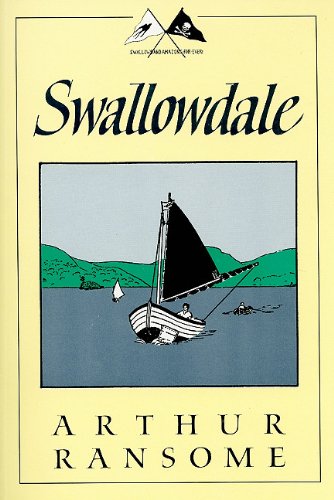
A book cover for Swallowdale (Swallows and Amazons); Arthur Ransome; Children's Books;